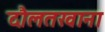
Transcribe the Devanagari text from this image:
दौलतखाना